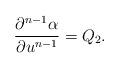
LaTeX: \begin{align*} \frac{\partial^{n-1}\alpha}{\partial u^{n-1}}=Q_2.\end{align*}